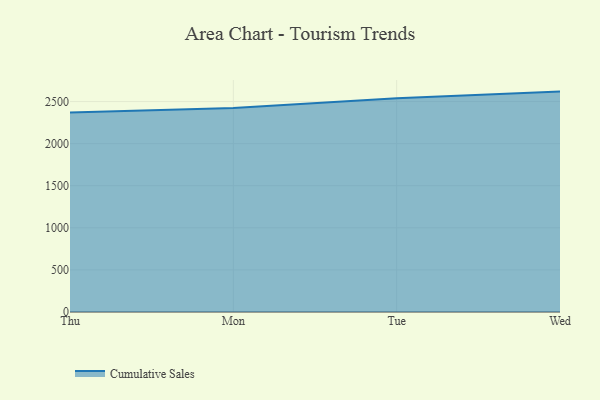
{"axis": {"x": "Day", "y": "Budget (USD K)"}, "legend": ["Cumulative Sales"], "data": [{"x": "Thu", "y": 2369.9, "type": "Cumulative Sales"}, {"x": "Mon", "y": 2422.6, "type": "Cumulative Sales"}, {"x": "Tue", "y": 2539.9, "type": "Cumulative Sales"}, {"x": "Wed", "y": 2618.3, "type": "Cumulative Sales"}]}